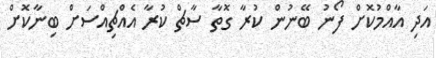
އަދި އާއްމުކޮށް ފޯނު ބޭނުން ކުރާ ގޮތާ ސާޗް ކުރާ އެއްޗިއްސަށް ބިނާކޮށް